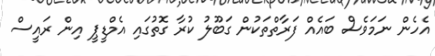
އެހެން ނަމަވެސް ބައެއް ފަރާތްތަކުން ގަބޫލު ކުރާ ގޮތުގައި އެމްޑީޕީ އިން ރައީސް